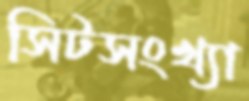
সিটসংখ্যা